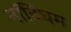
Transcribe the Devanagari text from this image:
नाॅटिंघम